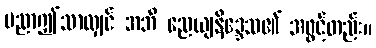
ပညာဤသာလျှင် အဘိ ညေယျနိဒ္ဒေသ၏ အဖွင့်တည်း။